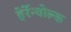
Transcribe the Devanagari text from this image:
हेर्रेन्वोल्क